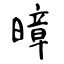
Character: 暲